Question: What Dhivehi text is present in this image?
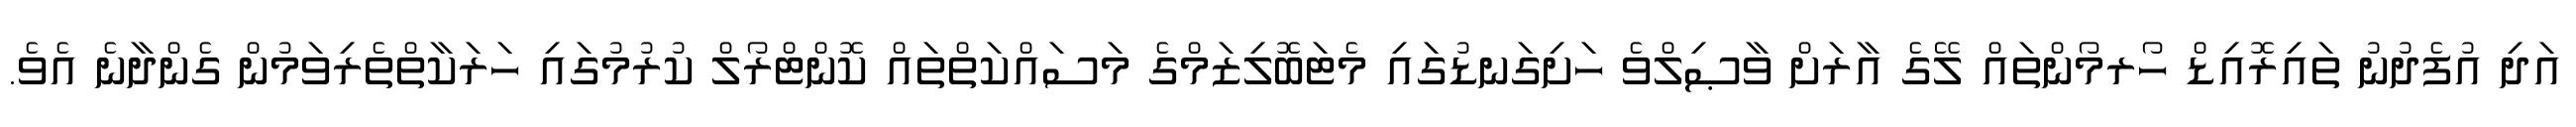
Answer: އަދި އުފެދުނު ތައިރޮއިޑް ހޯރމޯންތައް ލޭގެ އާރަށް ވާޞިލްވެ ހަށިގަނޑުގައި މެޓަބޮލިޒަމްގެ މަސައްކަތްތައް ކޮންޓްރޯލް ކުރުމުގައި ހަރަކާތްތެރިވަމުން ގެންދާނެ އެވެ.